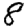
Digit: 8